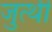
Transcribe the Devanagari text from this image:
जुत्थी